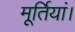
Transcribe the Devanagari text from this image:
मूर्तियां।